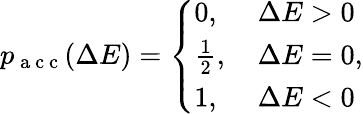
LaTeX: p_{\mathrm{~a~c~c~}}(\Delta E)=\left\{ \begin{array}{ll}{0,}&{\, \Delta E>0}\\ {\frac 12,}&{\, \Delta E=0}\\ {1,}&{\, \Delta E<0}\end{array}\right.,